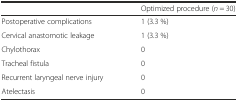
<table><thead><tr><td></td><td><b>Optimized procedure (<i>n</i> = 30)</b></td></tr></thead><tbody><tr><td>Postoperative complications</td><td>1 (3.3 %)</td></tr><tr><td>Cervical anastomotic leakage</td><td>1 (3.3 %)</td></tr><tr><td>Chylothorax</td><td>0</td></tr><tr><td>Tracheal fistula</td><td>0</td></tr><tr><td>Recurrent laryngeal nerve injury</td><td>0</td></tr><tr><td>Atelectasis</td><td>0</td></tr></tbody></table>